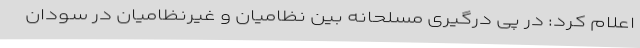
اعلام کرد: در پی درگیری مسلحانه بین نظامیان و غیرنظامیان در سودان